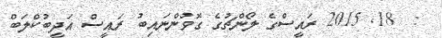
:  18